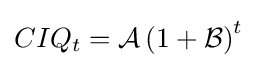
CIQ_{t}={\mathcal {A}}\left(1+{\mathcal {B}}\right)^{t}